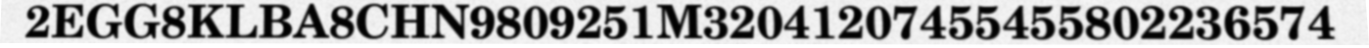
2EGG8KLBA8CHN9809251M32041207455455802236574